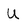
Character: U